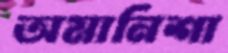
অমানিশা